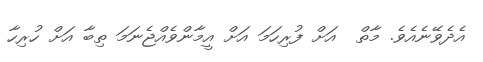
އެދެވޭނެއެވެ. މާތް  އަށް ފުރިހަމަ އަށް އީމާންވެއްޖެނަމަ ތިބާ އަށް ހުރިހާ